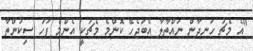
"އެ މެޗު ހަނދާން ނައްތާލާ އެބަޖެހޭ ކޮންމެ މެޗަކީ އެންމެ ފަހު ސިިކުންތާ